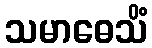
သမာဓေသိံ